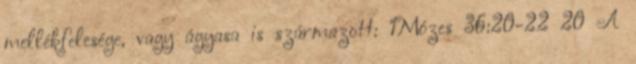
mellékfelesége, vagy ágyasa is származott: 1Mózes 36:20-22 20 A